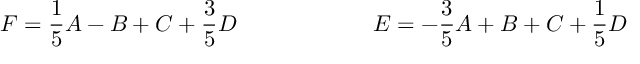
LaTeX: F = \frac { 1 } { 5 } A - B + C + \frac { 3 } { 5 } D \qquad \qquad \qquad E = - \frac { 3 } { 5 } A + B + C + \frac { 1 } { 5 } D